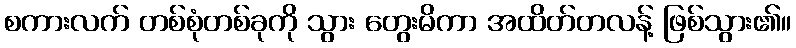
စကားလက် တစ်စုံတစ်ခုကို သွား တွေးမိကာ အထိတ်တလန့် ဖြစ်သွား၏။